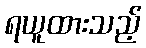
ရယူထားသည့်